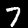
Label: 7